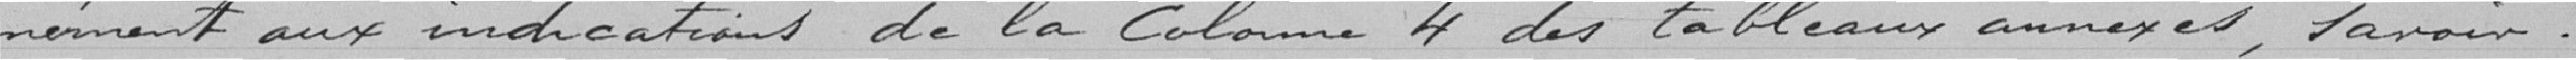
mément aux indications de la Colonne 4 des tableaux annexés, lavoir ..